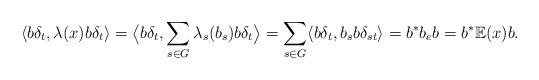
LaTeX: \begin{align*}\langle b\delta_t,\lambda(x)b\delta_t\rangle=\big\langle b\delta_t,\sum_{s\in G}\lambda_s(b_s)b\delta_t\big\rangle=\sum_{s\in G}\langle b\delta_t,b_sb\delta_{st}\rangle=b^*b_eb=b^*\mathbb{E}(x)b.\end{align*}